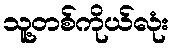
သူ့တစ်ကိုယ်လုံး